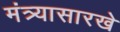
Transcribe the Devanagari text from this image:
मंत्र्यासारखे